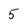
Character: 5